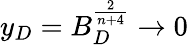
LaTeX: y_{D}=B_{D}^{\frac{2}{n+4}}\to 0